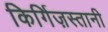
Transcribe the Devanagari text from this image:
किर्गिज़स्तानी